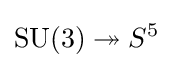
\operatorname {SU} (3)\twoheadrightarrow S^{5}